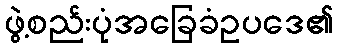
ဖွဲ့စည်းပုံအခြေခံဥပဒေ၏